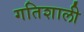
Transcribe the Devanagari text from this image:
गतिशाली